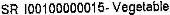
SR I00100000015-VEGETABLE